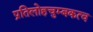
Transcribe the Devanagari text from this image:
प्रतिलोहचुम्बकत्व